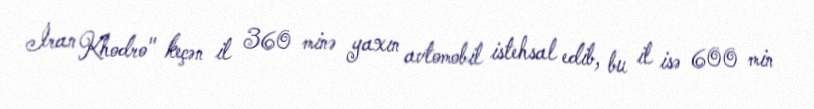
İran Khodro" keçən il 360 minə yaxın avtomobil istehsal edib, bu il isə 600 min